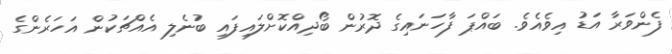
ފެންވަރާ އަޑު އިވެއެވެ. ބައްޕަ ފާހަނައިގެ ދޮރުން ބޯދިއްކޮށްލައިފައި ބުނެލި އެއްޗަކުން އަހަރެންގެ